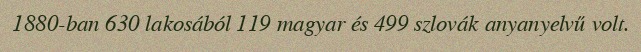
1880-ban 630 lakosából 119 magyar és 499 szlovák anyanyelvű volt.